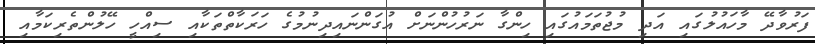
ފަރުވާދޭ މާހައުލުގައި އަދި މުޖުތަމައުގައި ހިންގާ ނަރުހުންނަށް އުގަންނައިދިނުމުގެ ހަރަކާތްތަކާއި ސިއްހީ ހޭލުންތެރިކަމާއި